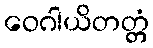
ဝေဂါယိတတ္တံ